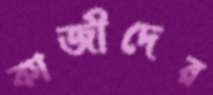
কাজীদের